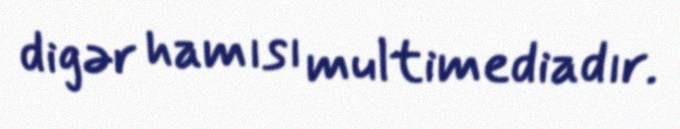
digər hamısı multimediadır.